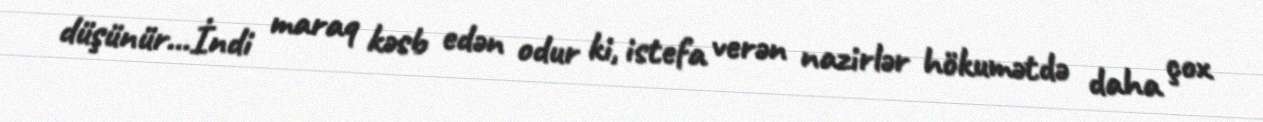
düşünür...İndi maraq kəsb edən odur ki, istefa verən nazirlər hökumətdə daha çox